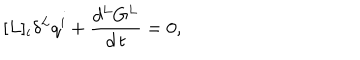
[ L ] _ { i } \delta ^ { L } q ^ { i } + \frac { d ^ { L } G ^ { L } } { d \, t } = 0 ,